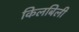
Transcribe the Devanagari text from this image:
किलबिली